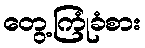
တွေ့ကြုံခံစား